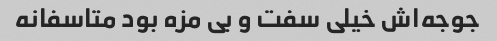
جوجه‌اش خیلی سفت و بی مزه بود متاسفانه